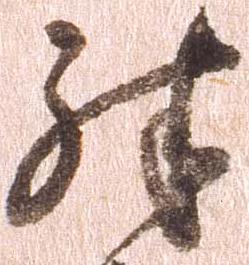
殊